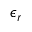
\epsilon _ { r }